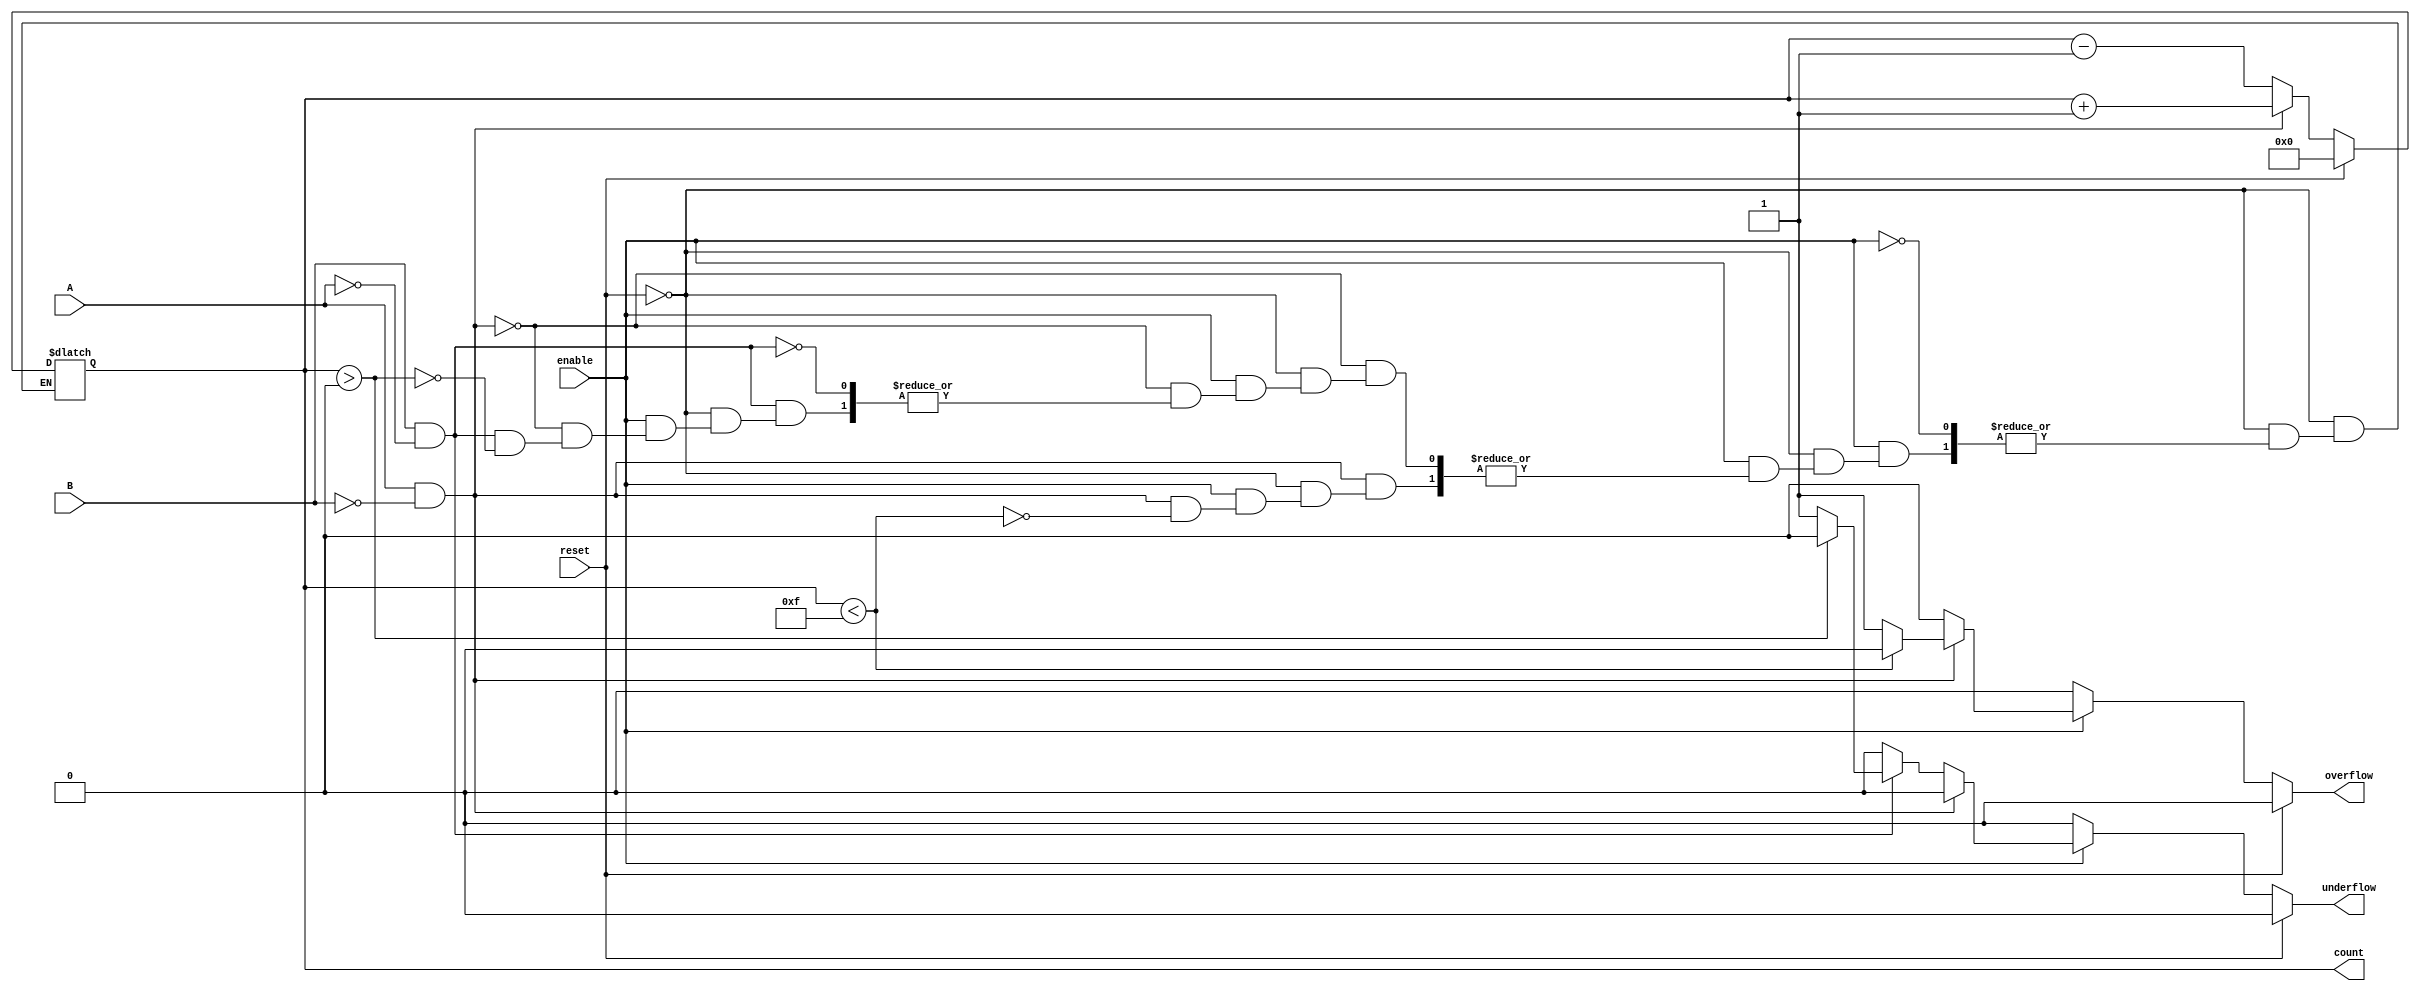
module dynamic_asynchronous_counter (
    input wire A,            // Count Up signal
    input wire B,            // Count Down signal
    input wire reset,        // Asynchronous reset signal
    input wire enable,       // Enable signal
    output reg [3:0] count,  // 4-bit count value
    output reg overflow,     // Overflow flag
    output reg underflow     // Underflow flag
);

    // Parameter for maximum and minimum count values
    parameter MAX_COUNT = 4'b1111; // 15
    parameter MIN_COUNT = 4'b0000; // 0

    // Asynchronous reset and counting logic
    always @* begin
        // Default values
        overflow = 0;
        underflow = 0;

        if (reset) begin
            count = MIN_COUNT; // Reset the counter to zero
        end else if (enable) begin
            if (A && !B) begin
                // Count Up
                if (count < MAX_COUNT) begin
                    count = count + 1;
                end else begin
                    overflow = 1; // Set overflow flag
                end
            end else if (B && !A) begin
                // Count Down
                if (count > MIN_COUNT) begin
                    count = count - 1;
                end else begin
                    underflow = 1; // Set underflow flag
                end
            end
        end
    end

endmodule